Leaving Certificate, 1901
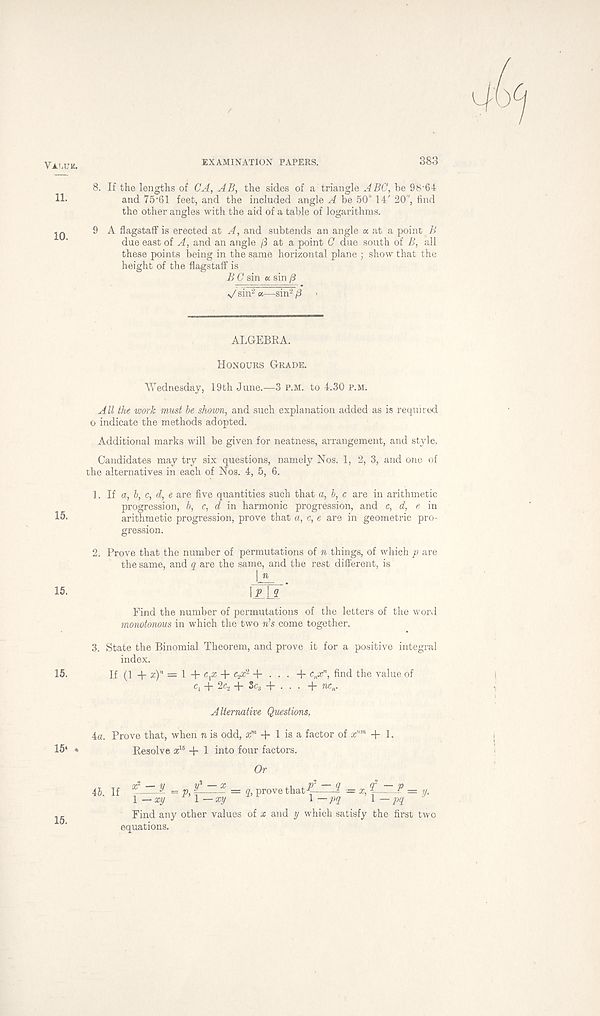
Valuk.
EXAMINATION PAPERS.
383
8. If the lengths of CA, AB, the sides of a triangle ABC, be 98'64
and 75‘61 feet, and the included angle A be 50° 14' 20", find
the other angles with the aid of a table of logarithms.
jq 9 A flagstaff is erected at A, and subtends an angle « at a point B
due east of A, and an angle /3 at a point C due south of B, all
these points being in the same horizontal plane ; show that the
height of the flagstaff is
BC sin a, sin /3
v/sin 2 a—sin 2 (3
ALGEBRA.
Honours Grade.
Wednesday, 19th June.—3 p.m. to 4.30 p.m.
All the work must be shown, and such explanation added as is required
o indicate the methods adopted.
Additional marks will be given for neatness, arrangement, and style.
Candidates may try six questions, namely Nos. 1, 2, 3, and one of
the alternatives in each of Nos. 4, 5, 6.
1. If a, b, c, d, e are five quantities such that a, b, c are in arithmetic
progression, b, c, d in harmonic progression, and c, d, e in
arithmetic progression, prove that a, c, e are in geometric pro-
gression.
2. Prove that the number of permutations of n things, of which p are
the same, and q are the same, and the rest different, is
IjL
\lll
Find the number of permutations of the letters of the word
monotonous in which the two n’s come together.
3. State the Binomial Theorem, and prove it for a positive integral
index.
If (1 + a)" = 1 + c x x + epi 1 + . . . + c,P n , find the value of
c l -b 2c 2 J- Zc 6
d - uc n .
Alternative Questions,
4a. Prove that, when n is odd, a™ + 1 is a factor of x nm + 1.
Resolve x 16 + 1 into four factors.
Or
45. If -y - v y' -
i - = q, prove that-? ? — x,
? = ij.
\-pq l-pq
\ —xy 1—xy
Find any other values of x and y which satisfy the first two
equations.